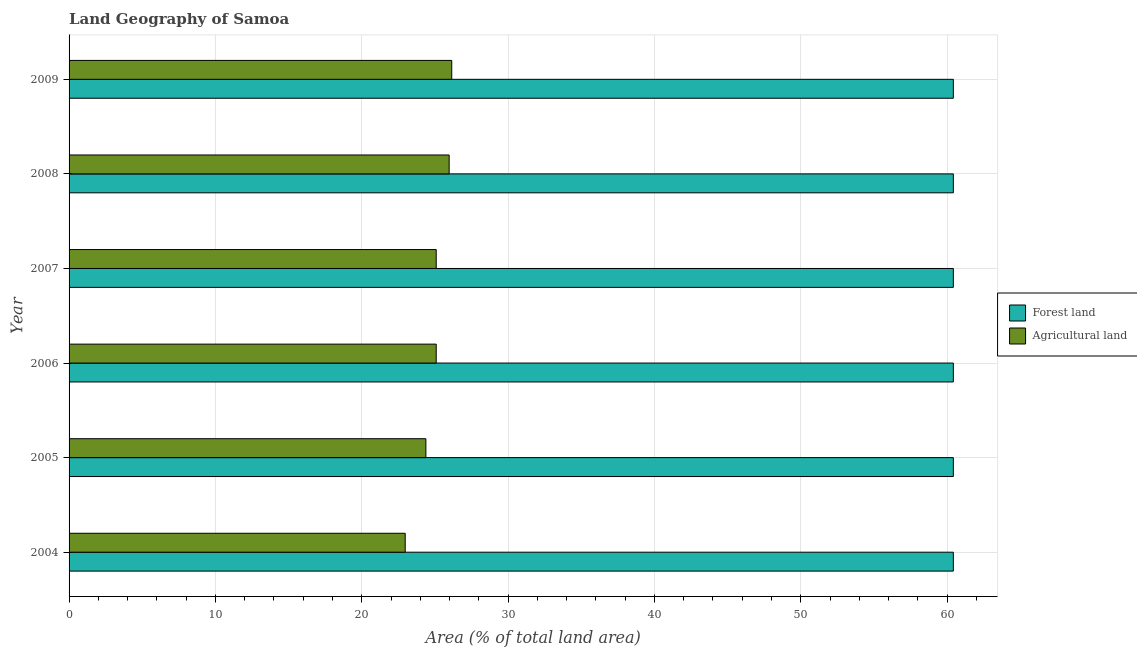
| Year | Forest land | Agricultural land |
 | --- | --- | --- |
 | 2004 | 60.4 | 23 |
 | 2005 | 60.4 | 24.4 |
 | 2006 | 60.4 | 25.1 |
 | 2007 | 60.4 | 25.1 |
 | 2008 | 60.4 | 26 |
 | 2009 | 60.4 | 26.1 |